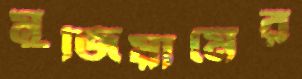
মুজিয়ামের